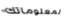
لمعلوماتك